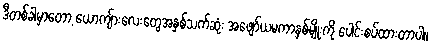
ဒီတစ်ခါမှာတော့ ယောကျ်ားလေးတွေအနှစ်သက်ဆုံး အဖျော်ယမကာနှစ်မျိုးကို ပေါင်းစပ်ထားတာပါ။